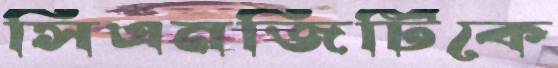
সিএনজিটিকে